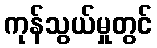
ကုန်သွယ်မှုတွင်